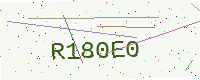
Text: R180E0